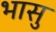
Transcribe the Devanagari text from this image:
भासु